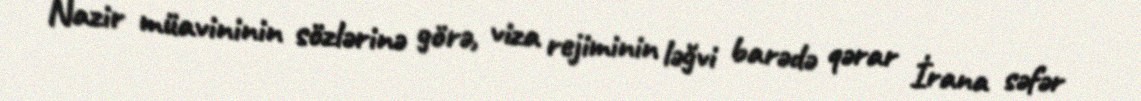
Nazir müavininin sözlərinə görə, viza rejiminin ləğvi barədə qərar İrana səfər